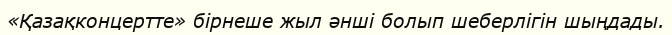
«Қазақконцертте» бірнеше жыл әнші болып шеберлігін шыңдады.